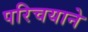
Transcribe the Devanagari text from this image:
परिचयाने